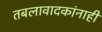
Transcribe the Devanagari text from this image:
तबलावादकांनाही